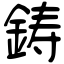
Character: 鋳